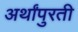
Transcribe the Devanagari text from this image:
अर्थांपुरती